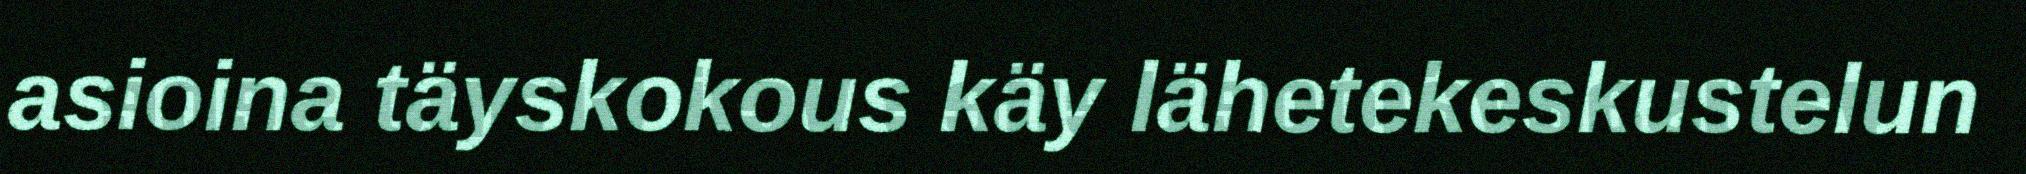
asioina täyskokous käy lähetekeskustelun